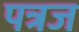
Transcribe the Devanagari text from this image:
पत्रज